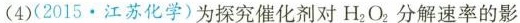
(4)(2015.江苏化学)为探究催化剂对H_{2}O_{2}分解速率的影